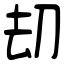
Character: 刧